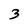
Character: 3